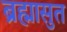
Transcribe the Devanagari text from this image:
ब्रह्मासुत